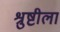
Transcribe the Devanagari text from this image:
श्रुष्टीला